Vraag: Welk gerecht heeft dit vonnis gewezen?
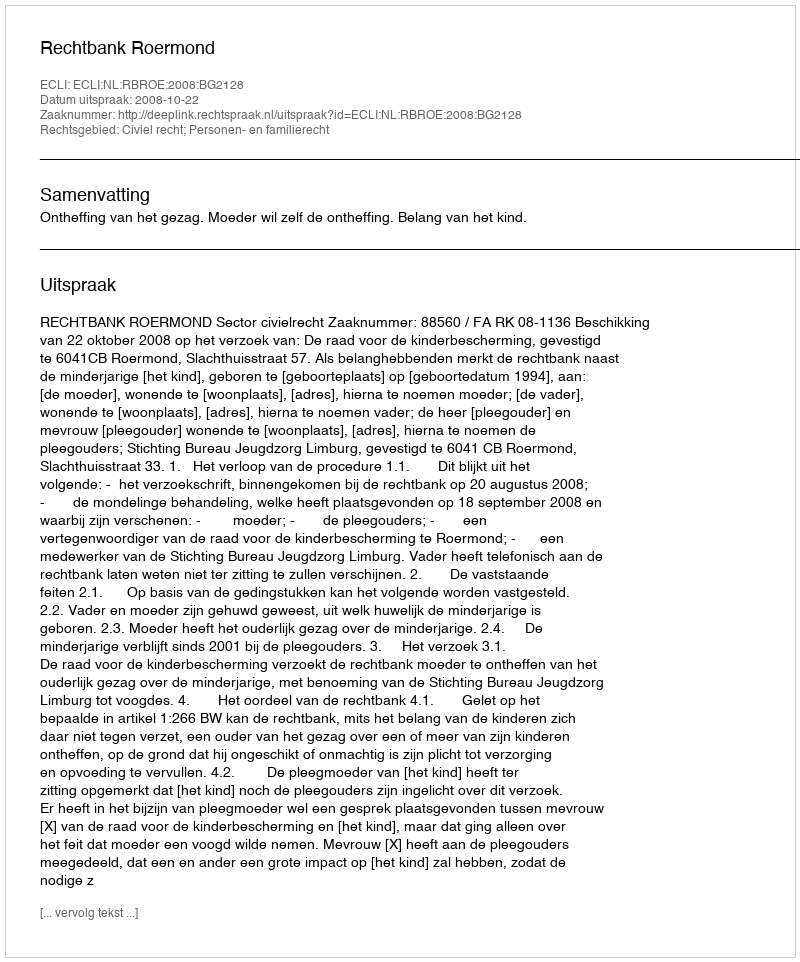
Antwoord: Rechtbank Roermond